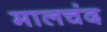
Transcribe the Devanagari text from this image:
मालचंद